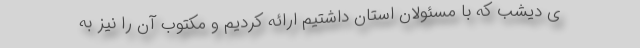
ی دیشب که با مسئولان استان داشتیم ارائه کردیم و مکتوب آن را نیز به